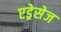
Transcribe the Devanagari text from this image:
एड्रेसेज